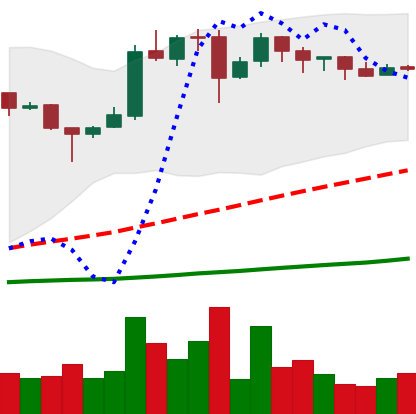
Ticker: BTC-USD
Chart end date: 2016-11-29
Forward return: 5.202%
Label: up_5_7